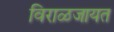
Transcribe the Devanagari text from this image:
विराळजायत